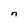
Character: n